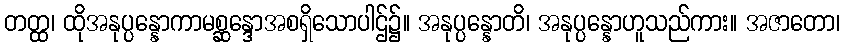
တတ္ထ၊ ထိုအနုပ္ပန္နောကာမစ္ဆန္ဒောအစရှိသောပါဌ်၌။ အနုပ္ပန္နောတိ၊ အနုပ္ပန္နောဟူသည်ကား။ အဇာတော၊